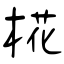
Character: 椛